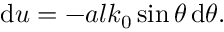
\mathrm { d } u = - a l k _ { 0 } \sin \theta \, \mathrm { d } \theta .